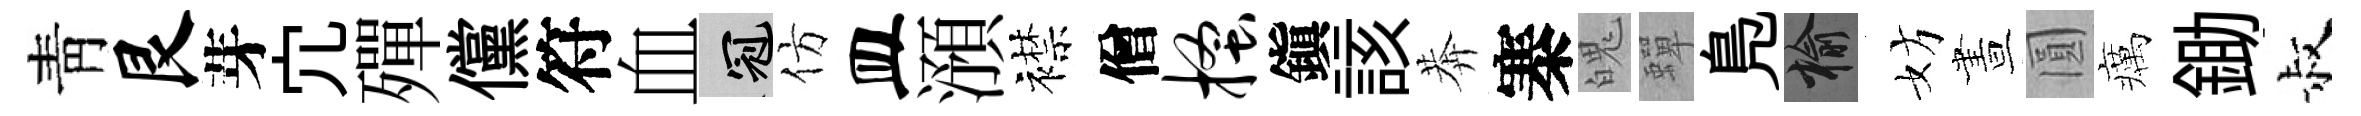
靑艮芽宂殫儻符血冠仿皿澦襟僧搔鎭該莾寨魄蟬鳬榆妨晝圓癘鋤叔